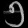
Digit: ၅